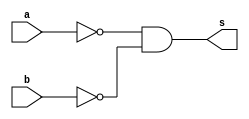
// ----------------------------------------------------------------------
// Exemplo 0010 - NOR 
// Debora Deslandes de Almeida Batista
// ----------------------------------------------------------------------

// ----------------------------------------------------------------------
// -- NOR gate
// ----------------------------------------------------------------------

	module norgate (output s, input a,b);
		assign s = ((~a)&(~b));
	endmodule
	
// ----------------------------------------------------------------------
// -- test NOR gate
// ----------------------------------------------------------------------

	module testnorgate;
	
	reg a,b;
	wire s;
	
	norgate estouNaPraia (s,a,b);
	
	initial begin : start
		a = 0;
		b = 0;
	end
	
	initial begin : main
		$display ("\nExemplo 0010 - Debora Deslandes de Almeida Batista");
		$display ("\nMatricula : 451549");
		$display ("\nTest NOR gate");
		$display ("\n((~a)&(~b)) = s");
		$monitor ("\n((~%b)&(~%b)) = %b" , a,b,s);
			#1 a = 1; b = 0;
			#1 a = 0; b = 1;
			#1 a = 1; b = 1;
	end
endmodule